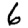
Digit: 6